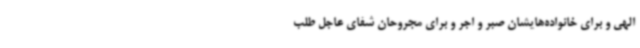
الهی و برای خانواده‌هایشان صبر و اجر و برای مجروحان شفای عاجل طلب